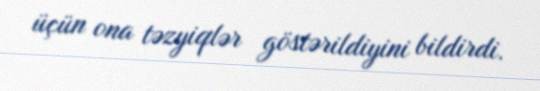
üçün ona təzyiqlər göstərildiyini bildirdi.